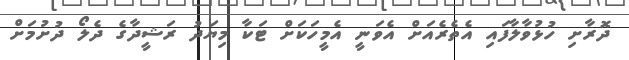
ދޮރާށި ހުޅުވާލާފައި އެތެރެއަށް އެވަނީ އެމީހަކަށް ޓަކާ މިޔަދު ރަޝީދާގެ ދެލޯ ދުށުމަށް